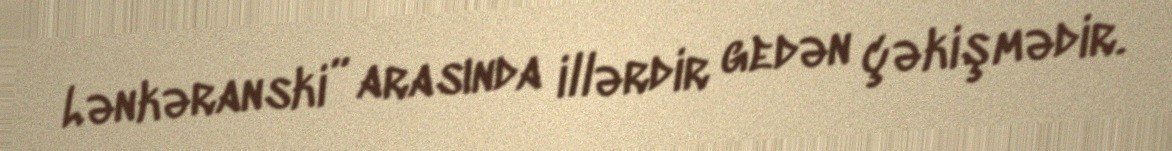
Lənkəranski” arasında illərdir gedən çəkişmədir.